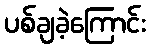
ပစ်ချခဲ့ကြောင်း